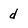
Character: d